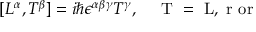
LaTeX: [ L ^ { \alpha } , T ^ { \beta } ] = i \hbar \epsilon ^ { \alpha \beta \gamma } T ^ { \gamma } , \quad \mathrm { ~ \vec { T } ~ = ~ \vec { L } , ~ \vec { r } ~ o r ~ \vec { \Lambda } ~ }